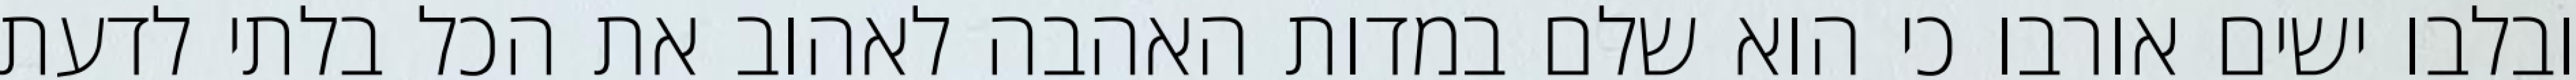
ובלבו ישים אורבו כי הוא שלם במדות האהבה לאהוב את הכל בלתי לדעת